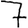
Digit: 7